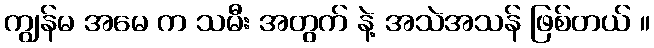
ကျွန်မ အမေ က သမီး အတွက် နဲ့ အသဲအသန် ဖြစ်တယ် ။